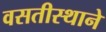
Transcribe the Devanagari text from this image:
वसतीस्थाने